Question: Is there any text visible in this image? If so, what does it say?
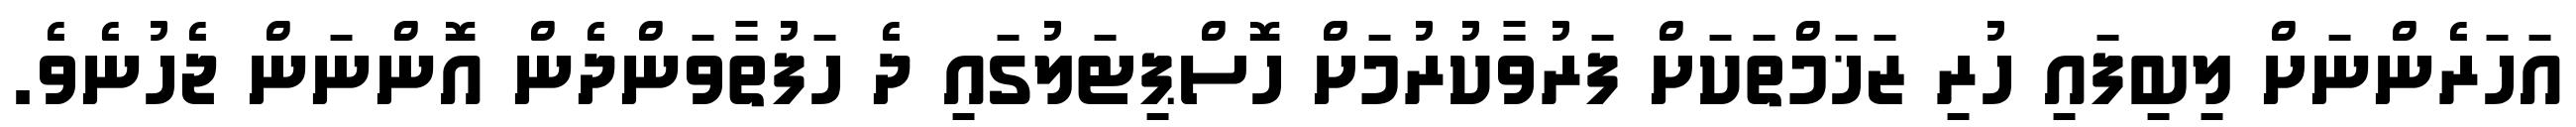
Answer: އަހަރެންނަށް ލިބިފައި ހުރި ޒަޚަމްތަކަށް ފަރުވާކުރުމަށް ހޮސްޕިޓަލުގައި ދެ ހަފުތާވަންދެން އޮންނަން ޖެހުނެވެ.